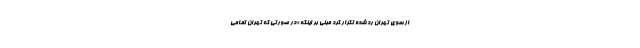
از سوی تهران رد شده تکرار کرد مبنی بر اینکه «در صورتی که تهران تمامی